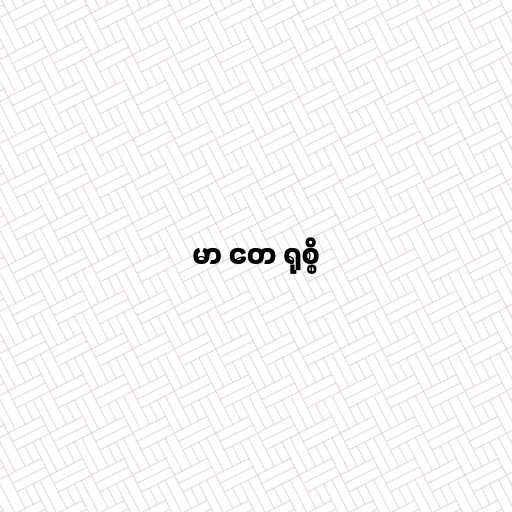
မာ တေ ရုစ္စိ